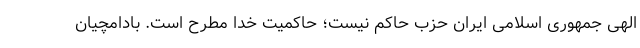
الهی جمهوری اسلامی ایران حزب حاکم نیست؛ حاکمیت خدا مطرح است. بادامچیان